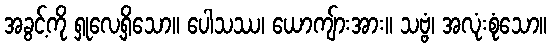
အခွင့်ကို ရှုလေ့ရှိသော။ ပေါသဿ၊ ယောကျ်ားအား။ သဗ္ဗံ၊ အလုံးစုံသော။